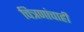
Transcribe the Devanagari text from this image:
चित्रणांचाही